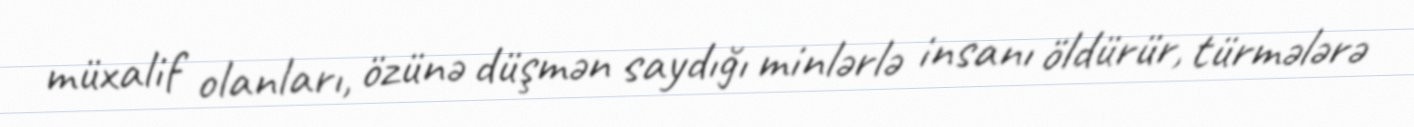
müxalif olanları, özünə düşmən saydığı minlərlə insanı öldürür, türmələrə